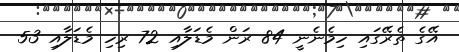
އޭގެ ތެރޭގައި ހިމެނެނީ 84 ރަން މެޑަލާއި 72 ރިހި މެޑަލާއި 53